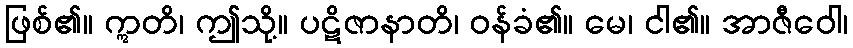
ဖြစ်၏။ ဣတိ၊ ဤသို့။ ပဋိဇာနာတိ၊ ဝန်ခံ၏။ မေ၊ ငါ၏။ အာဇီဝေါ၊